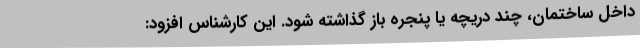
داخل ساختمان، چند دریچه یا پنجره باز گذاشته شود. این کارشناس افزود: